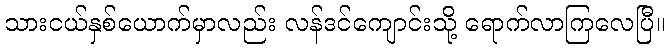
သားငယ်နှစ်ယောက်မှာလည်း လန်ဒင်ကျောင်းသို့ ရောက်လာကြလေပြီ။